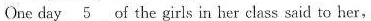
One day \underline{5} . Of the girls in her class said to her,